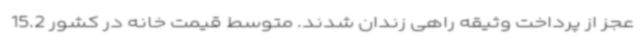
عجز از پرداخت وثیقه راهی زندان شدند. متوسط قیمت خانه در کشور 15.2